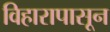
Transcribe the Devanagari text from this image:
विहारापासून